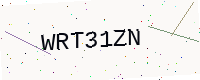
Text: WRT31ZN